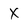
Character: X